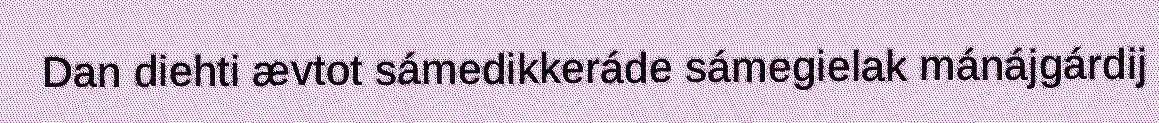
Dan diehti ævtot sámedikkeráde sámegielak mánájgárdij